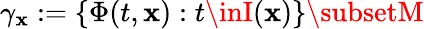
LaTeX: \gamma_{\mathbf{x}}:=\{ \Phi(t,\mathbf{x}):t\inI(\mathbf{x})\} \subsetM